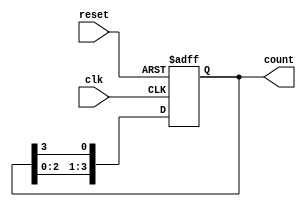
module ring_counter #(
    parameter N = 4 // Number of stages (flip-flops) in the ring counter
)(
    input wire clk,    // Clock signal
    input wire reset,  // Asynchronous reset signal
    output reg [N-1:0] count // Output of the ring counter
);

// Sequential logic for the ring counter
always @(posedge clk or posedge reset) begin
    if (reset) begin
        // Initialize the counter to the first state
        count <= 1'b1; // Set the first flip-flop to '1', others to '0'
    end else begin
        // Shift the '1' to the next flip-flop
        count <= {count[N-2:0], count[N-1]}; // Shift left and wrap around
    end
end

endmodule